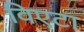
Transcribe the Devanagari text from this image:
विएटा